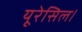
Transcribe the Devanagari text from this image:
यूरेसिल।